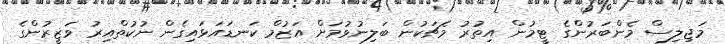
މަޖިލިސް މެންބަރުންގެ ޓީމުން އިތުރު މެޗަކުން ބަލިނުވުމަށް އަޒުމް ކަނޑައަޅައިގެން ނުކުތްއިރު ވަޒީރުންގެ